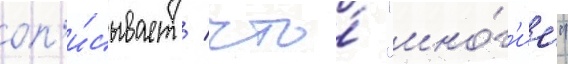
оп'и́сывает / что́ "мно́г'ие"